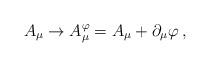
LaTeX: \begin{align*}A_{\mu} \to A_{\mu}^{\varphi} =A_{\mu} + \partial_{\mu} \varphi \, ,\end{align*}